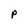
Character: P